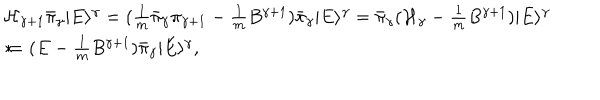
LaTeX: \begin{array} { l } { { { \mathcal { H } } _ { \gamma + 1 } \bar { \pi } _ { \gamma } | E \rangle ^ { \gamma } = ( \frac { 1 } { m } \bar { \pi } _ { \gamma } \pi _ { \gamma + 1 } - \frac { 1 } { m } B ^ { \gamma + 1 } ) \bar { \pi } _ { \gamma } | E \rangle ^ { \gamma } = \bar { \pi } _ { \gamma } ( { \mathcal { H } } _ { \gamma } - \frac { 1 } { m } B ^ { \gamma + 1 } ) | E \rangle ^ { \gamma } } } \\ { { * \hspace { 2 . 2 c m } = ( E - \frac { 1 } { m } B ^ { \gamma + 1 } ) \bar { \pi } _ { \gamma } | E \rangle ^ { \gamma } , } } \\ \end{array}